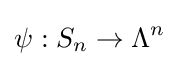
\psi :S_{n}\to \Lambda ^{n}